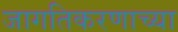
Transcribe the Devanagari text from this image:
जागतिकरणाच्या